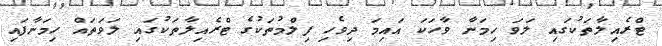
ޓްރެއިލާތަކުގައި ލަވަ ހިމަނާ ވާހަކަ އައިމަ ދިވެހި ފިލްމުތަކުގެ ޓްރެއިލާތަކުގައި ލަވަތައް ހިމަނާފައި